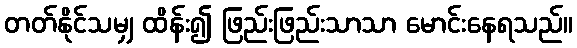
တတ်နိုင်သမျှ ထိန်း၍ ဖြည်းဖြည်းသာသာ မောင်းနေရသည်။